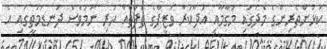
ކުޅުންތެރިންގެ މެދުގައި މަގާމާއި އަދާކުރާ ވަޒީފާގެ ތަފާތެއް ހުރި ނަމަވެސް ދަނޑުމަތީގައި އެ